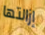
إزالتها